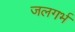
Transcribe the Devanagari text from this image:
जलगर्भ